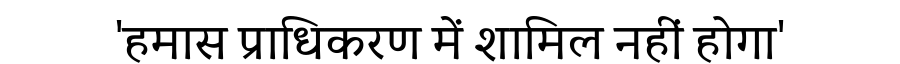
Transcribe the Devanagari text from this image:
'हमास प्राधिकरण में शामिल नहीं होगा'